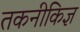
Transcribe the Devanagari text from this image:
तकनीकिज्ञ